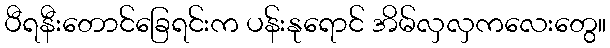
ပီရနီးတောင်ခြေရင်းက ပန်းနုရောင် အိမ်လှလှကလေးတွေ။